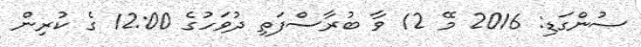
ސުންގަޑި: 2016 މޭ 12 ވާ ބުރާސްފަތި ދުވަހުގެ 12:00 ގެ ކުރިން